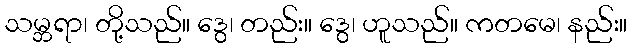
သမ္ဘရာ၊ တို့သည်။ ဒွေ၊ တည်း။ ဒွေ၊ ဟူသည်။ ကတမေ၊ နည်း။